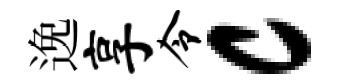
𨓜享令c